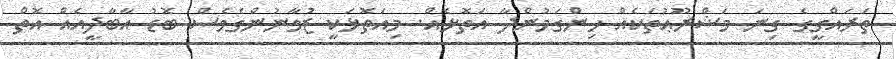
ތަރައްގީގެ ގިނަ މަޝްރޫޢުތަކެއް ހިންގަމުންދާ އަތޮޅެއް. މިއަތޮޅަކީ ޒުވާނުންގެވެސް ބޮޑު އާބާދީއެއް އޮތް